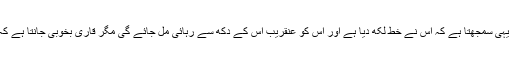
بچے کو اس صورتحال کا اندازہ نہیں، وہ یہی سمجھتا ہے کہ اس نے خط لکھ دیا ہے اور اس کو عنقریب اس کے دکھ سے رہائی مل جائے گی مگر قاری بخوبی جانتا ہے کہ بچہ یہ سب معصومیت میں کر رہا ہے۔